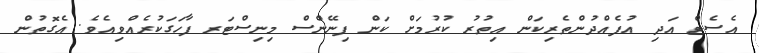
އެސެޓް އަދި އުފެއްދުންތެރިކަން އިތުރު ކުރުމަށް ކަން ފިނޭންސް މިނިސްޓަރ ފާހަގަކުރެއްވިއެވެ. އެގޮތުން